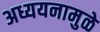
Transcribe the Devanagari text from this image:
अध्ययनामुळे